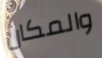
والمكان